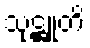
သုဋ္ဌူတိ